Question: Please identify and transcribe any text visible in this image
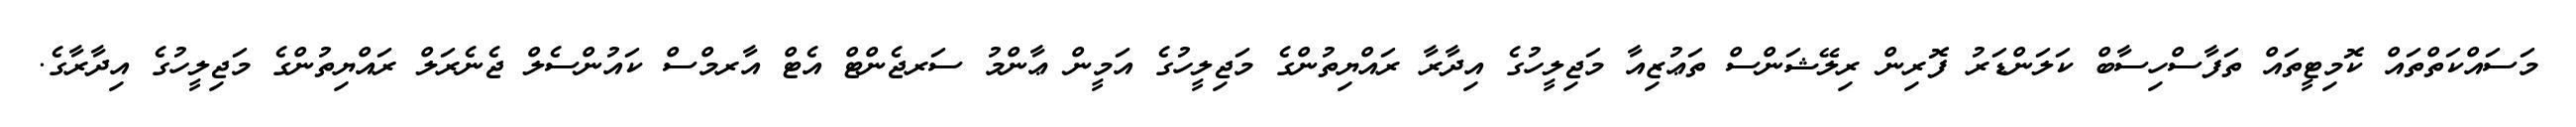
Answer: މަސައްކަތްތައް ކޮމިޓީތައް ތަފާސްހިސާބް ކަލަންޑަރު ފޮރިން ރިލޭޝަންސް ތަޢުޒިއާ މަޖިލީހުގެ އިދާރާ ރައްޔިތުންގެ މަޖިލީހުގެ އަމީން ޢާންމު ސަރޖެންޓް އެޓް އާރމްސް ކައުންސެލް ޖެނެރަލް ރައްޔިތުންގެ މަޖިލީހުގެ އިދާރާގެ.